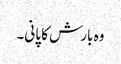
وہ بارش کا پانی۔